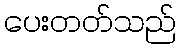
ပေးတတ်သည်